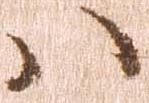
ハ